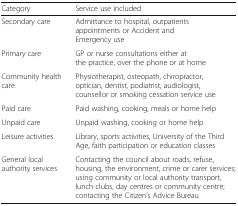
| Category | Service use included |
 | --- | --- |
 | Secondary care | Admittance to hospital, outpatients appointments or Accident and Emergency use |
 | Primary care | GP or nurse consultations either at the practice, over the phone or at home |
 | Community health care | Physiotherapist, osteopath, chiropractor, optician, dentist, podiatrist, audiologist, counsellor or smoking cessation ﻿service use |
 | Paid care | Paid washing, cooking, meals or home help |
 | Unpaid care | Unpaid washing, cooking or home help |
 | Leisure activities | Library, sports activities, University of the Third Age, faith participation or education classes |
 | General local authority services | Contacting the council about roads, refuse, housing, the environment, crime or carer services; using community or local authority transport, lunch clubs, day centres or community centre; contacting the Citizen’s Advice Bureau |